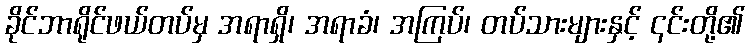
ခိုင်ဘာရိုင်ဖယ်တပ်မှ အရာရှိ၊ အရာခံ၊ အကြပ်၊ တပ်သားများနှင့် ၎င်းတို့၏